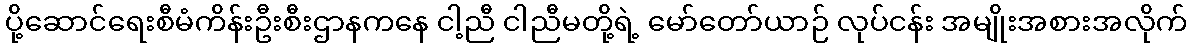
ပို့ဆောင်ရေးစီမံကိန်းဦးစီးဌာနကနေ ငါ့ညီ ငါညီမတို့ရဲ့ မော်တော်ယာဉ် လုပ်ငန်း အမျိုးအစားအလိုက်